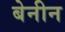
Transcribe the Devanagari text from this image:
बेनीन